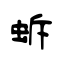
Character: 蚸